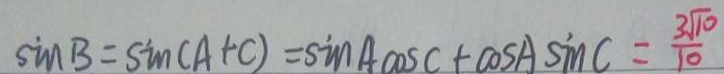
\sin B = \sin ( A + C ) = \sin A \cos C + \cos A \sin C = \frac { 3 \sqrt { 1 0 } } { 1 0 }